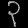
Digit: ၃